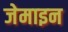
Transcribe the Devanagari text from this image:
जेमाइन